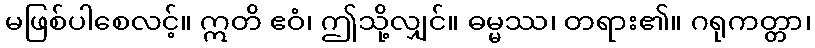
မဖြစ်ပါစေလင့်။ ဣတိ ဧဝံ၊ ဤသို့လျှင်။ ဓမ္မဿ၊ တရား၏။ ဂရုကတ္တာ၊